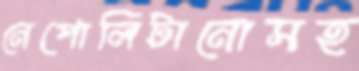
নেপোলিটানোসহ